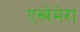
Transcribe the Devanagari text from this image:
एस्त्रेमेरा